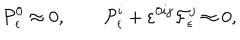
{ \cal P } _ { \epsilon } ^ { 0 } \approx 0 , \qquad { \cal P } _ { \epsilon } ^ { i } + \varepsilon ^ { 0 i j } { \cal F } _ { \epsilon } ^ { j } \approx 0 ,